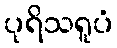
ပုရိသရူပံ